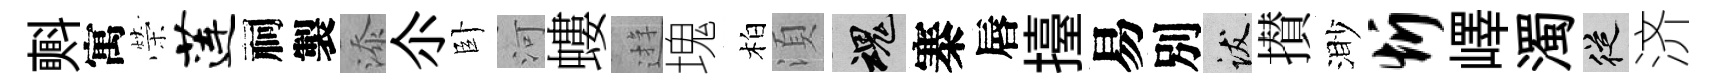
㪺寓榮莲祠製添尒卧河螻逰塊柏湏魂寨唇擡易別跋攅渺忻嶧濁從济